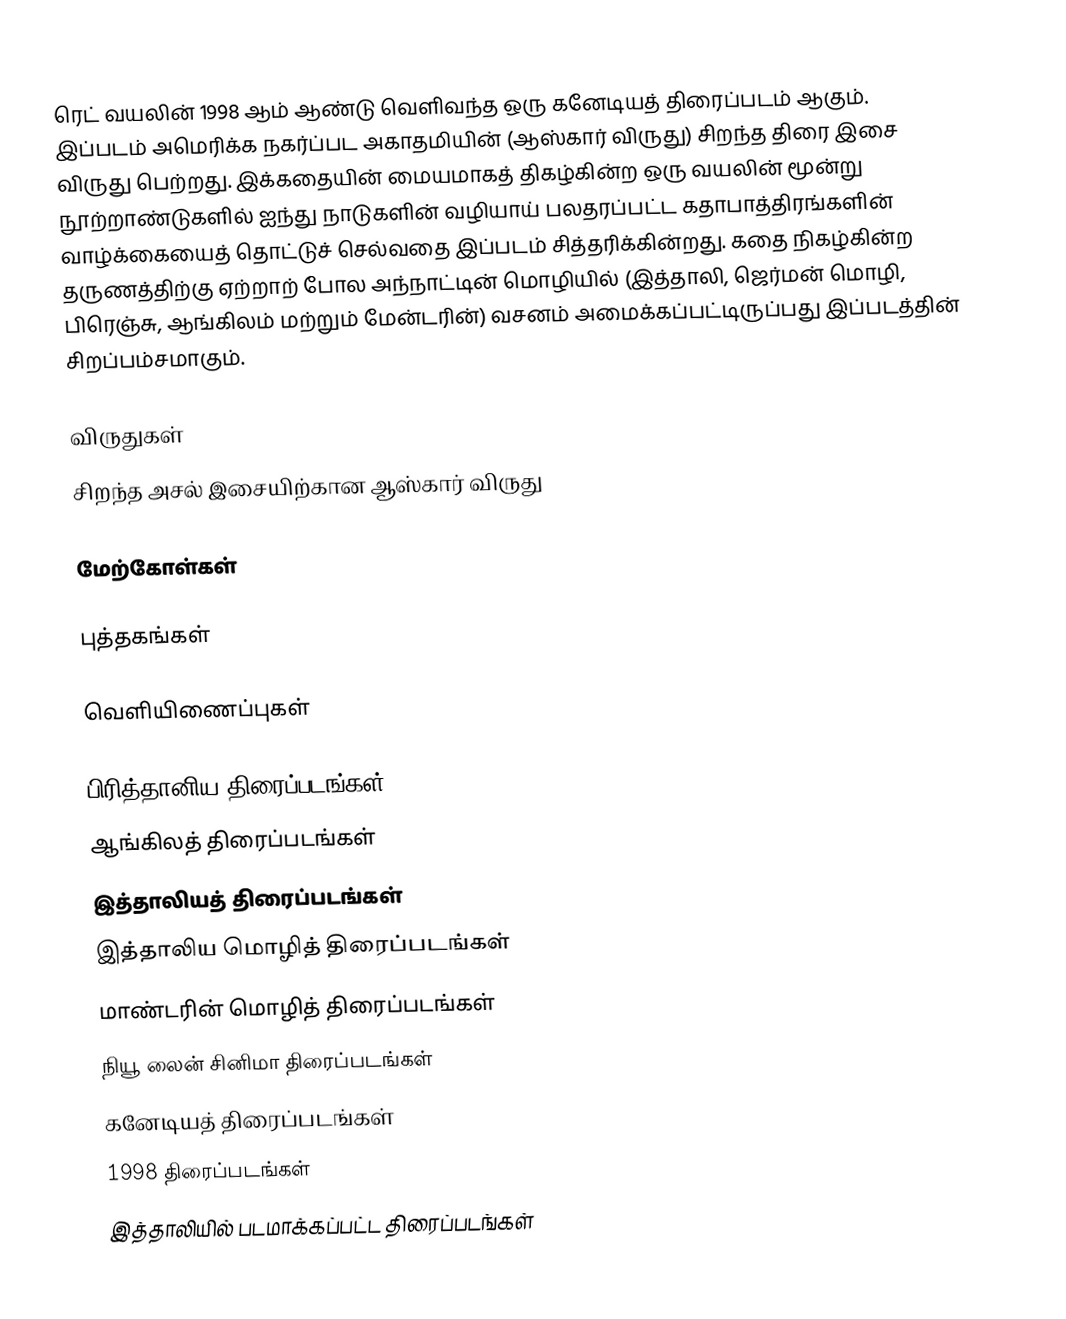
ரெட் வயலின் 1998 ஆம் ஆண்டு வெளிவந்த ஒரு கனேடியத் திரைப்படம் ஆகும். இப்படம் அமெரிக்க நகர்ப்பட அகாதமியின் (ஆஸ்கார் விருது) சிறந்த திரை இசை விருது பெற்றது. இக்கதையின் மையமாகத் திகழ்கின்ற ஒரு வயலின் மூன்று நூற்றாண்டுகளில் ஐந்து நாடுகளின் வழியாய் பலதரப்பட்ட கதாபாத்திரங்களின் வாழ்க்கையைத் தொட்டுச் செல்வதை இப்படம் சித்தரிக்கின்றது. கதை நிகழ்கின்ற தருணத்திற்கு ஏற்றாற் போல அந்நாட்டின் மொழியில் (இத்தாலி, ஜெர்மன் மொழி, பிரெஞ்சு, ஆங்கிலம் மற்றும் மேன்டரின்) வசனம் அமைக்கப்பட்டிருப்பது இப்படத்தின் சிறப்பம்சமாகும்.

விருதுகள்
 சிறந்த அசல் இசையிற்கான ஆஸ்கார் விருது

மேற்கோள்கள்

புத்தகங்கள்

வெளியிணைப்புகள்

பிரித்தானிய திரைப்படங்கள்
ஆங்கிலத் திரைப்படங்கள்
இத்தாலியத் திரைப்படங்கள்
இத்தாலிய மொழித் திரைப்படங்கள்
மாண்டரின் மொழித் திரைப்படங்கள்
நியூ லைன் சினிமா திரைப்படங்கள்
கனேடியத் திரைப்படங்கள்
1998 திரைப்படங்கள்
இத்தாலியில் படமாக்கப்பட்ட திரைப்படங்கள்